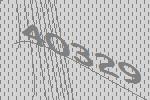
40329